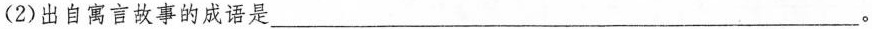
(2)出自寓言故事的成语是\underline。